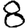
Digit: 8